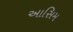
આસિમ